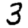
Digit: 3